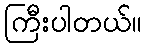
ကြီးပါတယ်။